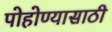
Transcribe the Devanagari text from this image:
पोहोण्यासाठी